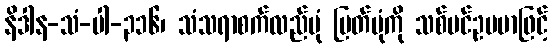
နိဒါန-သံ-ပါ-၃၁၆၊ သံသရာစက်လည်ပုံ ပြတ်ပုံကို သစ်ပင်ဥပမာဖြင့်